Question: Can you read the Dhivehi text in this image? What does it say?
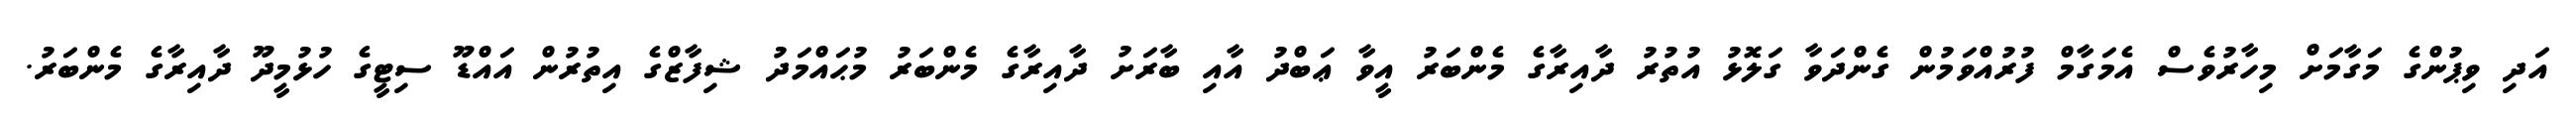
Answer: އަދި ވިޕުންގެ މަގާމަށް މިހާރުވެސް އެމަގާމް ފުރުއްވަމުން ގެންދަވާ ގަލޮޅު އުތުރު ދާއިރާގެ މެންބަރު އީވާ ޢަބްދު އާއި ބާރަށު ދާއިރާގެ މެންބަރު މުޙައްމަދު ޝިފާޒްގެ އިތުރުން އައްޑޫ ސިޓީގެ ހުޅުމީދޫ ދާއިރާގެ މެންބަރު.